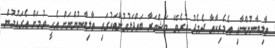
ތާލިބާނުންނާއި އެމެރިކާއާ ދެމެދު ކުރެވޭ މަޝްވަރާ ބައްދަލުވުންތަކުގައި ތާލިބާނުންނަށް އެހީ ވުމަށް އެގައުމުން